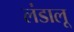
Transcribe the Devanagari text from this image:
लंडालू